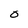
Character: 0